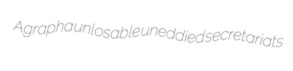
Agrapha unlosable uneddied secretariats